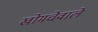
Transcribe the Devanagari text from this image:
खोमचेवाले